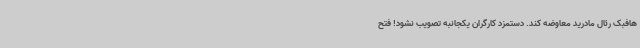
هافبک رئال مادرید معاوضه کند. دستمزد کارگران یکجانبه تصویب نشود! فتح